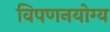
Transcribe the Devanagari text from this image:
विपणनयोग्य